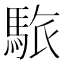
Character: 䮉